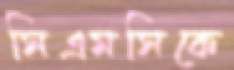
সিএমসিকে